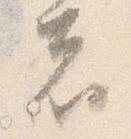
者